Indian journal of veterinary science and animal husbandry - Volumes 22-23, 1952-1953
Year: 1952
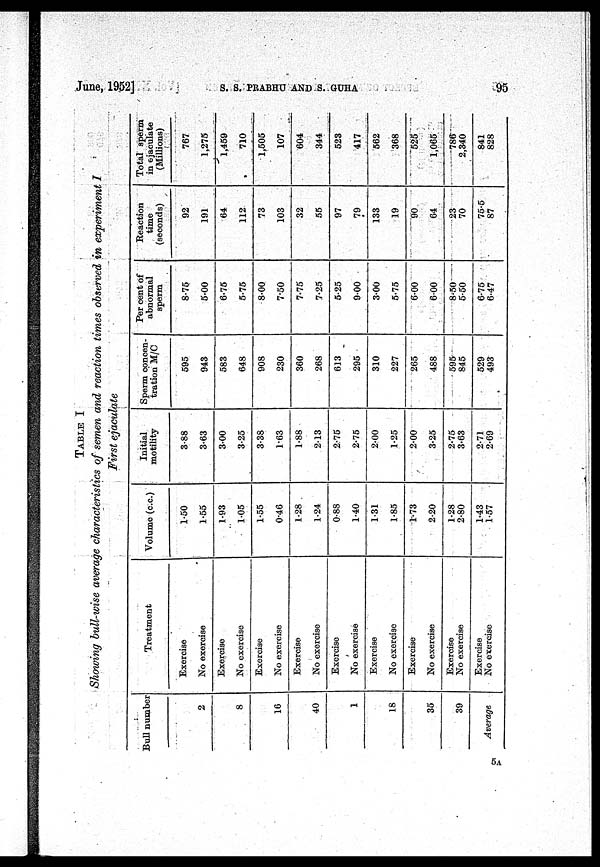
June, 1952]
S.
S.
PRABHU
AND
S.
GUHA
95
TABLE I
Showing bull-wise average characteristics of semen and reaction times observed in experiment I
First ejaculate
Bull number
2
8
16
40
1
18
35
39
Average
Treatment
Exercise
No exercise
Exercise
No exercise
Exercise
No exercise
Exercise
No exercise
Exercise
No exercise
Exercise
No exercise
Exercise
No exercise
Exercise
No exercise
Exercise
No exercise
Volume (c.c.)
1.50
1.55
1.93
1.05
1.55
0.46
1.28
1.24
0.88
1.40
1.31
1.85
1.73
2.20
1.28
2.80
1.43
1.57
Initial
motility
3.88
3.63
3.00
3.25
3.38
1.63
1.88
2.13
2.75
2.75
2.00
1.25
2.00
3.25
2.75
3.63
2.71
2.69
Sperm concen-
tration M/C
595
943
583
648
908
230
360
268
613
295
310
227
265
488
595
845
529
493
Per cent of
abnormal
sperm
8.75
5.00
6.75
5.75
8.00
7.50
7.75
7.25
5.25
9.00
3.00
5.75
6.00
6.00
8.50
5.50
6.75
6.47
Reaction
time
(seconds)
92
191
64
112
73
103
32
55
97
79
133
19
90
64
23
70
75.5
87
Total sperm
in ejaculate
(Millions)
767
1,275
1,459
710
1,505
107
604
344
523
417
562
368
525
1,065
786
2,340
841
828
5A